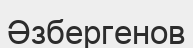
Әзбергенов